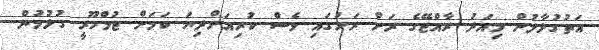
އަތުގުޅާލުން މިއަދު ރާއްޖޭގެ ރަށް ރަށުގައި ވެސް ކުރިއަށްދިޔަ ކަމަށް ޖުމްހޫރީ ގުޅުމުން